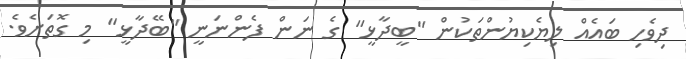
ދިވެހި ބައެއް ލިޔެކިޔުންތަކުން "ބީދާޅީ" ގެ ނަން ފެންނަނީ "ބޭދާޅީ" މި ގޮތަށެވެ.